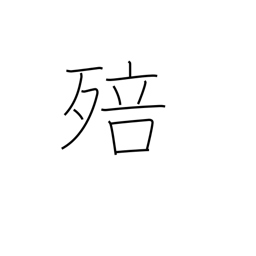
Meaning: grow mouldy